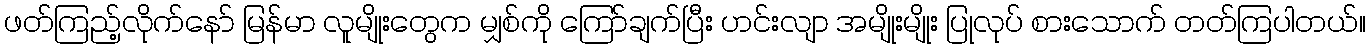
ဖတ်ကြည့်လိုက်နော် မြန်မာ လူမျိုးတွေက မျှစ်ကို ကြော်ချက်ပြီး ဟင်းလျာ အမျိုးမျိုး ပြုလုပ် စားသောက် တတ်ကြပါတယ်။